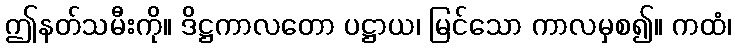
ဤနတ်သမီးကို။ ဒိဋ္ဌကာလတော ပဋ္ဌာယ၊ မြင်သော ကာလမှစ၍။ ကထံ၊